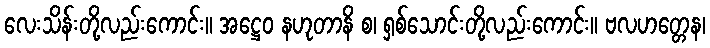
လေးသိန်းတို့လည်းကောင်း။ အဋ္ဌေဝ နဟုတာနိ စ၊ ရှစ်သောင်းတို့လည်းကောင်း။ ဗလဟတ္တေန၊